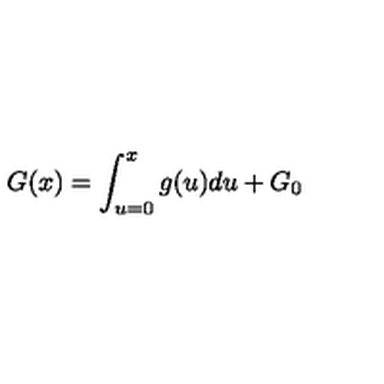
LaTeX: G ( x ) = \int _ { u = 0 } ^ { x } g ( u ) d u + G _ { 0 }